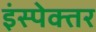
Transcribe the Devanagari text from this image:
इंस्पेक्तर